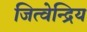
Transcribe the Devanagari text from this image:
जित्वेन्द्रिय